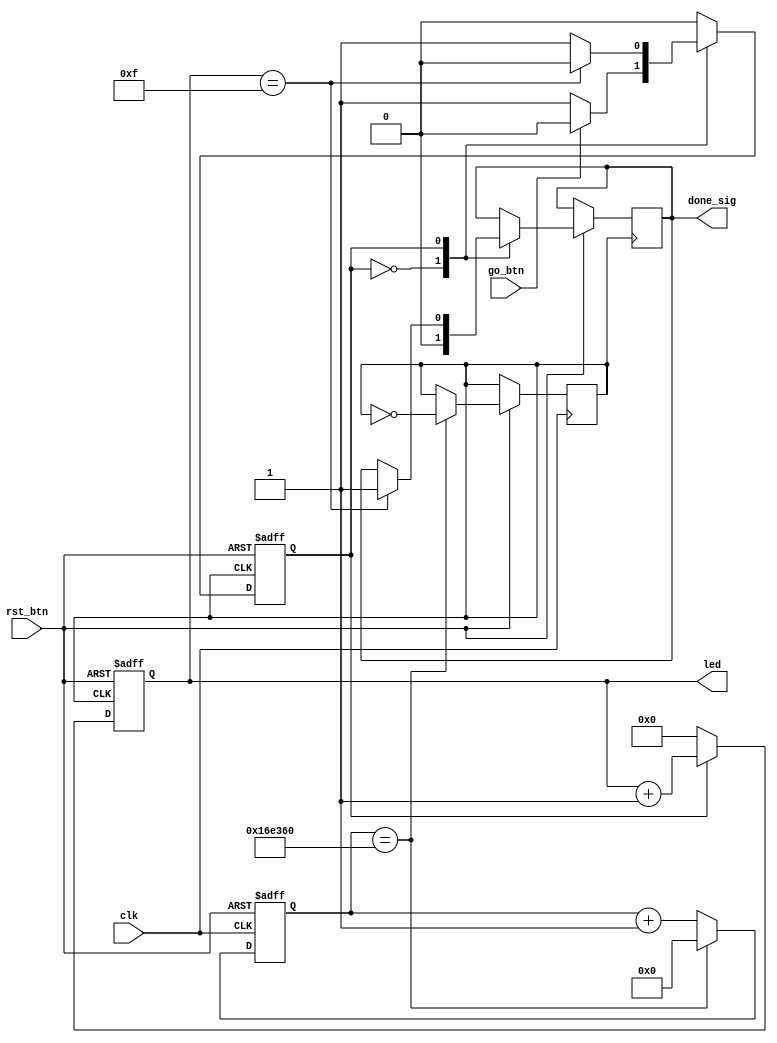
// Count up on button press and stop (Mealy state machine)
// 
// Inputs:
//      clk         - 12 MHz clock
//      rst_btn     - pushbutton (RESET)
//      go_btn      - pushbutton (GO)
// 
// Outputs:
//      led[3:0]    - LEDs (count from 0x0 to 0xf)
//      done_sig    - LED that flashes once when counting is done_sig
// 
// Press GO button to start counting. When max value (0xf) is reached, green
// LED will flash once, and the state machine will return to the Idle state.
//
// License: 0BSD

// State machine that counts up when button is pressed
module mealy_fsm (

    // Inputs
    input               clk,
    input               rst_btn,
    input               go_btn,
    
    // Outputs
    output  reg [3:0]   led,
    output  reg         done_sig
);

    // States
    localparam  STATE_IDLE      = 1'd0;
    localparam  STATE_COUNTING  = 1'd1;
    
    // Max counts for clock divider and counter
    localparam  MAX_CLK_COUNT   = 24'd1500000;
    localparam  MAX_LED_COUNT   = 4'hF;
    
    // Internal signals
    wire rst;
    wire go;
    
    // Internal storage elements
    reg         div_clk;
    reg         state;
    reg [23:0]  clk_count;
    
    // Invert active-low buttons
    assign rst = ~rst_btn;
    assign go = ~go_btn;
    
    // Clock divider
    always @ (posedge clk or posedge rst) begin
        if (rst == 1'b1) begin
            clk_count <= 24'b0;
        end else if (clk_count == MAX_CLK_COUNT) begin
            clk_count <= 24'b0;
            div_clk <= ~div_clk;
        end else begin
            clk_count <= clk_count + 1;
        end
    end
    
    // State transition logic
    always @ (posedge div_clk or posedge rst) begin
    
        // On reset, return to idle state
        if (rst == 1'b1) begin
            state <= STATE_IDLE;
            
        // Define the state transitions
        end else begin
            case (state)
            
                // Wait for go button to be pressed
                STATE_IDLE: begin
                    done_sig <= 1'b0;
                    if (go == 1'b1) begin
                        state <= STATE_COUNTING;
                    end
                end
                
                // Go from counting to done if counting reaches max
                STATE_COUNTING: begin
                    if (led == MAX_LED_COUNT) begin
                        done_sig <= 1'b1;
                        state <= STATE_IDLE;
                    end
                end
                
                // Go to idle if in unknown state
                default: state <= STATE_IDLE;
            endcase
        end
    end
    
    // Handle the LED counter
    always @ (posedge div_clk or posedge rst) begin
        if (rst == 1'b1) begin
            led <= 4'd0;
        end else begin
            if (state == STATE_COUNTING) begin
                led <= led + 1;
            end else begin
                led <= 4'd0;
            end
        end
    end
    
endmodule